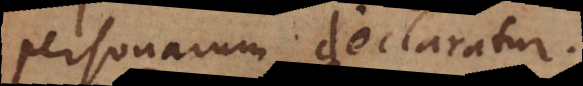
personarum declaratur.